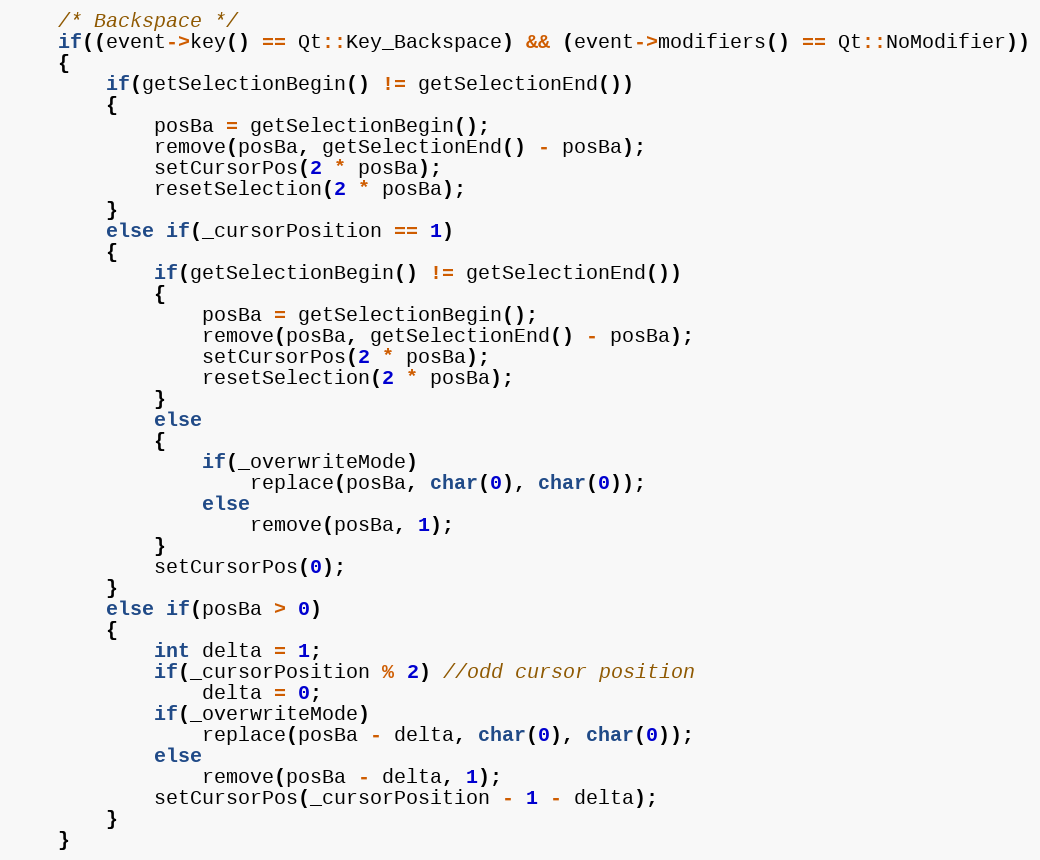
Language: C++
    /* Backspace */
    if((event->key() == Qt::Key_Backspace) && (event->modifiers() == Qt::NoModifier))
    {
        if(getSelectionBegin() != getSelectionEnd())
        {
            posBa = getSelectionBegin();
            remove(posBa, getSelectionEnd() - posBa);
            setCursorPos(2 * posBa);
            resetSelection(2 * posBa);
        }
        else if(_cursorPosition == 1)
        {
            if(getSelectionBegin() != getSelectionEnd())
            {
                posBa = getSelectionBegin();
                remove(posBa, getSelectionEnd() - posBa);
                setCursorPos(2 * posBa);
                resetSelection(2 * posBa);
            }
            else
            {
                if(_overwriteMode)
                    replace(posBa, char(0), char(0));
                else
                    remove(posBa, 1);
            }
            setCursorPos(0);
        }
        else if(posBa > 0)
        {
            int delta = 1;
            if(_cursorPosition % 2) //odd cursor position
                delta = 0;
            if(_overwriteMode)
                replace(posBa - delta, char(0), char(0));
            else
                remove(posBa - delta, 1);
            setCursorPos(_cursorPosition - 1 - delta);
        }
    }